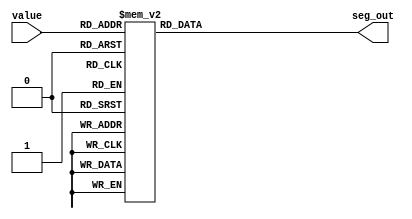

/*
      -- 1 --
     |       |
     6       2
     |       |
      -- 7 --
     |       |
     5       3
     |       |
      -- 4 --
*/

module seg7 (
    input wire [3:0] value,
    output wire [6:0] seg_out
);

    function [6:0] segments(input [3:0] counter);
        case(counter)
            //                7654321
            0:  segments = 7'b0111111;
            1:  segments = 7'b0000110;
            2:  segments = 7'b1011011;
            3:  segments = 7'b1001111;
            4:  segments = 7'b1100110;
            5:  segments = 7'b1101101;
            6:  segments = 7'b1111101;
            7:  segments = 7'b0000111;
            8:  segments = 7'b1111111;
            9:  segments = 7'b1100111;
            10: segments = 7'b1110111;
            11: segments = 7'b1111100;
            12: segments = 7'b0111001;
            13: segments = 7'b1011110;
            14: segments = 7'b1111001;
            15: segments = 7'b1110001;
            default:    
                segments = 7'b0000000;
        endcase
    endfunction

    assign seg_out = segments(value);

endmodule